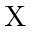
\mathrm { X }